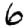
Digit: 6